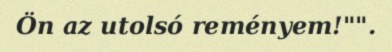
Ön az utolsó reményem!"".